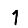
Digit: 1